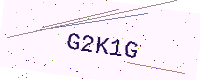
Text: G2K1G